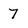
Character: 7